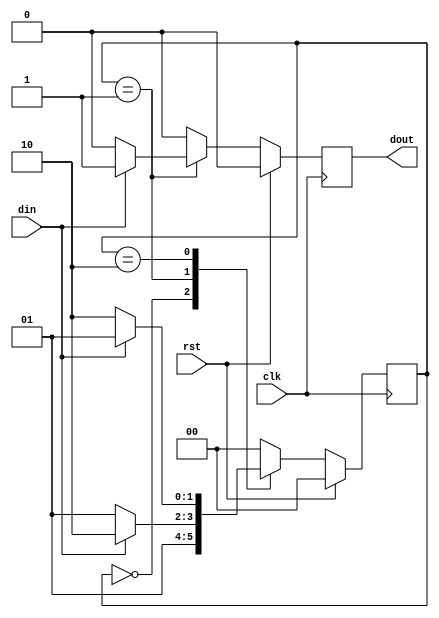
`timescale 1ns / 1ps
//////////////////////////////////////////////////////////////////////////////////
// Company: 
// Engineer: 
// 
// Design Name: 
// Module Name: mealy_FSM_1_process
// Project Name: 
// Target Devices: 
// Tool Versions: 
// Description: 
// 
// Dependencies: 
// 
// Revision:
// Revision 0.01 - File Created
// Additional Comments:
// 
//////////////////////////////////////////////////////////////////////////////////


module mealy_FSM_1_process(
    input clk,rst,din,
    output reg dout
    );
    
    parameter idle=0;
    parameter s0=1;
    parameter s1=2;
    
    reg [1:0] state;
    
    always@(posedge clk)
    begin
    if(rst==1'b1)
        begin
        state<=idle;
        dout<=1'b0;
        end
    else
        begin
        case(state)
        idle: begin
              state<=s0;
              dout<=1'b0;
              end
        s0:   begin
              if(din==1'b1)
              begin
              state<=s1;
              dout<=1'b1;
              end
              else
              begin
              state<=s0;
              dout<=1'b0;
              end    
              end
        s1:   begin
              if(din==1'b1)
              begin
              state<=s0;
              dout<=1'b0;
              end
              else
              begin
              state<=s1;
              dout<=1'b0;
              end    
              end
         default:begin
                 dout<=1'b0;
                 state<=idle;
                 end
          endcase
          end
          end
endmodule